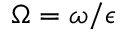
\Omega = \omega / \epsilon